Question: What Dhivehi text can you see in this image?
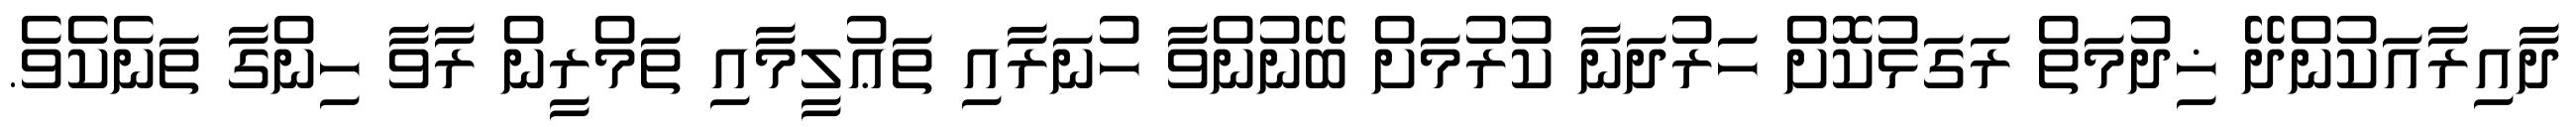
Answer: ދާއިރާއަކުންދޭ ޚިދުމަތް ރަގަޅުކޮށް ހަރުދަނާ ކުރުމަށް ބޭނުންވާ ހުނަރާއި ތަޢުލީމާއި ތަމްރީން ރާވާ ހިންގާ ތަނެކެވެ.